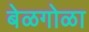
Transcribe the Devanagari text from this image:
बेळगोळा